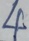
4